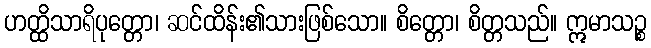
ဟတ္ထိသာရိပုတ္တော၊ ဆင်ထိန်း၏သားဖြစ်သော။ စိတ္တော၊ စိတ္တသည်။ ဣမာသဉ္စ